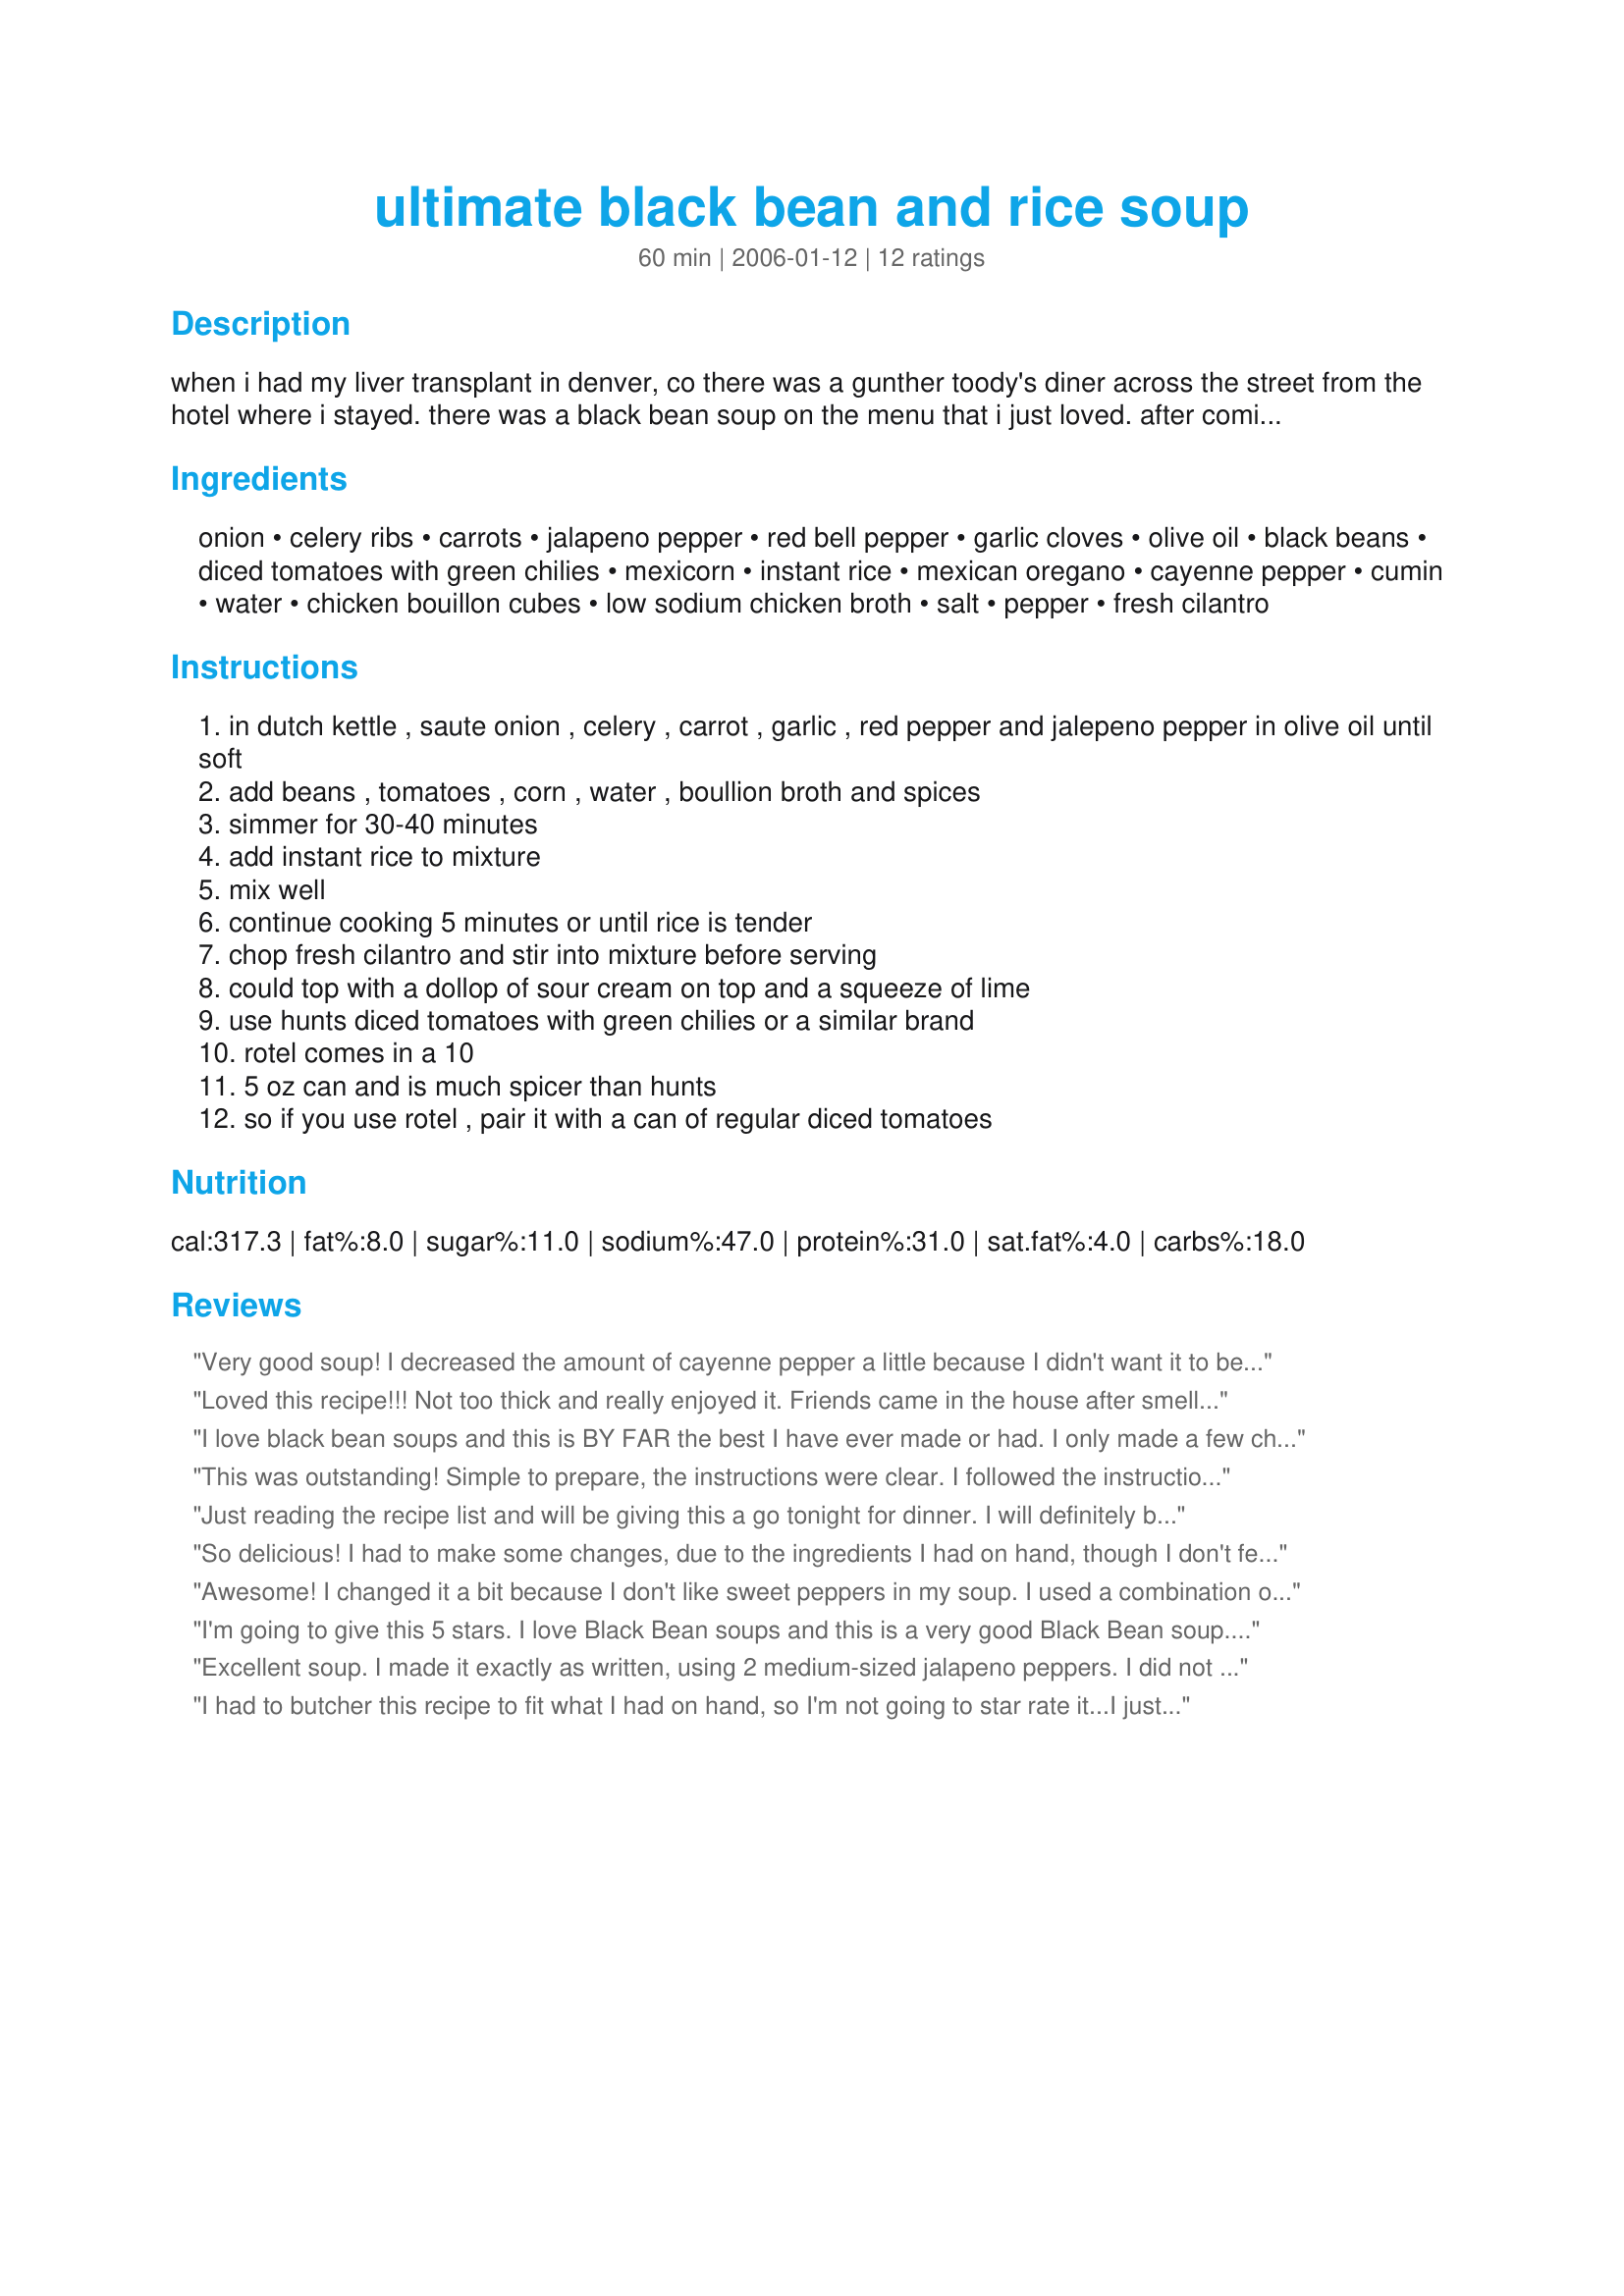
ultimate black bean and rice soup
Preparation time: 60 minutes

when i had my liver transplant in denver, co there was a gunther toody's diner across the street from the hotel where i stayed. there was a black bean soup on the menu that i just loved. after coming home to oklahoma, i have searched, in vain, for a black bean soup that came even close to what the diner served. i finally searched recipes and have come up with my version that best copies gunther toody's.

Ingredients:
onion, celery ribs, carrots, jalapeno pepper, red bell pepper, garlic cloves, olive oil, black beans, diced tomatoes with green chilies, mexicorn, instant rice, mexican oregano, cayenne pepper, cumin, water, chicken bouillon cubes, low sodium chicken broth, salt, pepper, fresh cilantro

Steps:
in dutch kettle , saute onion , celery , carrot , garlic , red pepper and jalepeno pepper in olive oil until soft
add beans , tomatoes , corn , water , boullion broth and spices
simmer for 30-40 minutes
add instant rice to mixture
mix well
continue cooking 5 minutes or until rice is tender
chop fresh cilantro and stir into mixture before serving
could top with a dollop of sour cream on top and a squeeze of lime
use hunts diced tomatoes with green chilies or a similar brand
rotel comes in a 10
5 oz can and is much spicer than hunts
so if you use rotel , pair it with a can of regular diced tomatoes

Reviews:
Very good soup! I decreased the amount of cayenne pepper a little because I didn't want it to be too hot. I added some chicken because my husband likes meat so it worked well with that also. Definitely something to make again.
Loved this recipe!!! Not too thick and really enjoyed it. Friends came in the house after smelling this soup and had to lift thelid on the pot. Thanks for posting!
I love black bean soups and this is BY FAR the best I have ever made or had. I only made a few changes. I didn't have a red pepper so I used a green bell pepper and threw in a yellow one too. I used 4 cloves of garlic. I don't know what kind of pepper I used... I'm not sure if it was jalapeno or serrano. Also, I didn't have the rotel type tomatoes so I used regular canned tomatoes and added a 4 oz can of green chilies. I also use regular canned corn and regular oregano. I followed another reviewer's suggestion and used brown rice-- added it in the first step and sauteed it with the veggies. It took about an hour for the rice to get done. The soup was pretty spicy (but I like spicy) and my husband "I don't even to add tabasco!". Very very yummy.
This was outstanding! Simple to prepare, the instructions were clear. I followed the instructions for all the ingredients. The heat was perfect and would even bump it up a notch next time if DH wasn't so wimpy ;D. I did add some sour cream during my second helping, but liked it better without. Loved it with tortilla chips. We will make this again for sure.
Just reading the recipe list and will be giving this a go tonight for dinner. I will definitely be reducing the sodium intake as this seems way to high for a healthy meal. Omit bouillon as that's all salt, stay wth reduced sodium broth, omit adding teaspoon of salt (remember there is sodium in celery) and try it with a organic multi rice non gmo. Thanks for the recipe as it sounds filling and tasty otherwise.
So delicious! I had to make some changes, due to the ingredients I had on hand, though I don't feel it altered the idea of the soup. I only had one can of black beans, so I used a can of pinto and a can of great northern as well. I also only had one can of regular diced tomatoes, so I added a can of spicy enchilada sauce in the place of the spiciness and the tomatoes of the second can the recipe called for. I also used regular white rice, sauteed with the vegetables, frozen corn, and homemade chicken broth. We topped it with cilantro and sour cream.
Awesome! I changed it a bit because I don't like sweet peppers in my soup. I used a combination of black, white and red beans. Used 3/4 cup of brown rice that I cooked along with the carrots, celery, onion and jalapeÃ±o. The rice cooked as the soup simmered. A touch of smoked paprika and a couple of smoked turkey necks added some great flavor. This soup was very easy to prepare and is very nutritious. Thanks!
I'm going to give this 5 stars. I love Black Bean soups and this is a very good Black Bean soup.

First time I made it pretty much as written except that I used "milder" Rotel tomatoes and it was just TOO HOT for hubby's and my palate. But this is a tasty soup with its' many veggies in it and rice that complements it all. I wanted to try it again.

This time, I used one can Milder Rotel tomatoes and one can of diced tomatoes and one chopped jalapeno, seeded and 1/4 tsp of cayenne. This turned the heat down quite a bit--more like a pleasant sting--and still left it pretty interesting with all of those lovely veggies in it.

The only other disadvantage is that this just makes a TON of soup.

Served it with cornbread muffins and it was great.
Excellent soup. I made it exactly as written, using 2 medium-sized jalapeno peppers. I did not have Mexican oregano, so I used regular oregano. The soup was very hearty, filling, spicy, and flavorful. I will definitely make this again.
I had to butcher this recipe to fit what I had on hand, so I'm not going to star rate it...I just want it to mark it to make again properly!
Yummy :)I didn't have celery or bell pepper, still was delish! I took it to work & everyone loved it. Made a large crockpot, less than 1 cup left. Recipe was requested by all.
This soup was wonderful. I wasn't sure if I would like it because I'm a definite meat eater but I loved it and so did my DH. It is very filling. I also shared it with my brother and his family and they loved it too. They got the recipe from me and are making it for themselves tonight. I did make a few changes. We can't handle things to spicy so I didn't put in the jalapeno pepper and I only put in a 1/4 tsp of cayenne pepper. I used a regular can of corn and didn't drain it and regular brown rice instead of instant. I put it in after I let the soup start boiling and ended up simmering it for about an hour and 15 min until the rice was the tenderness we like. Thank you so much for the recipe. This is definitely going in to our regular rotation.
